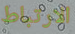
الارتباط